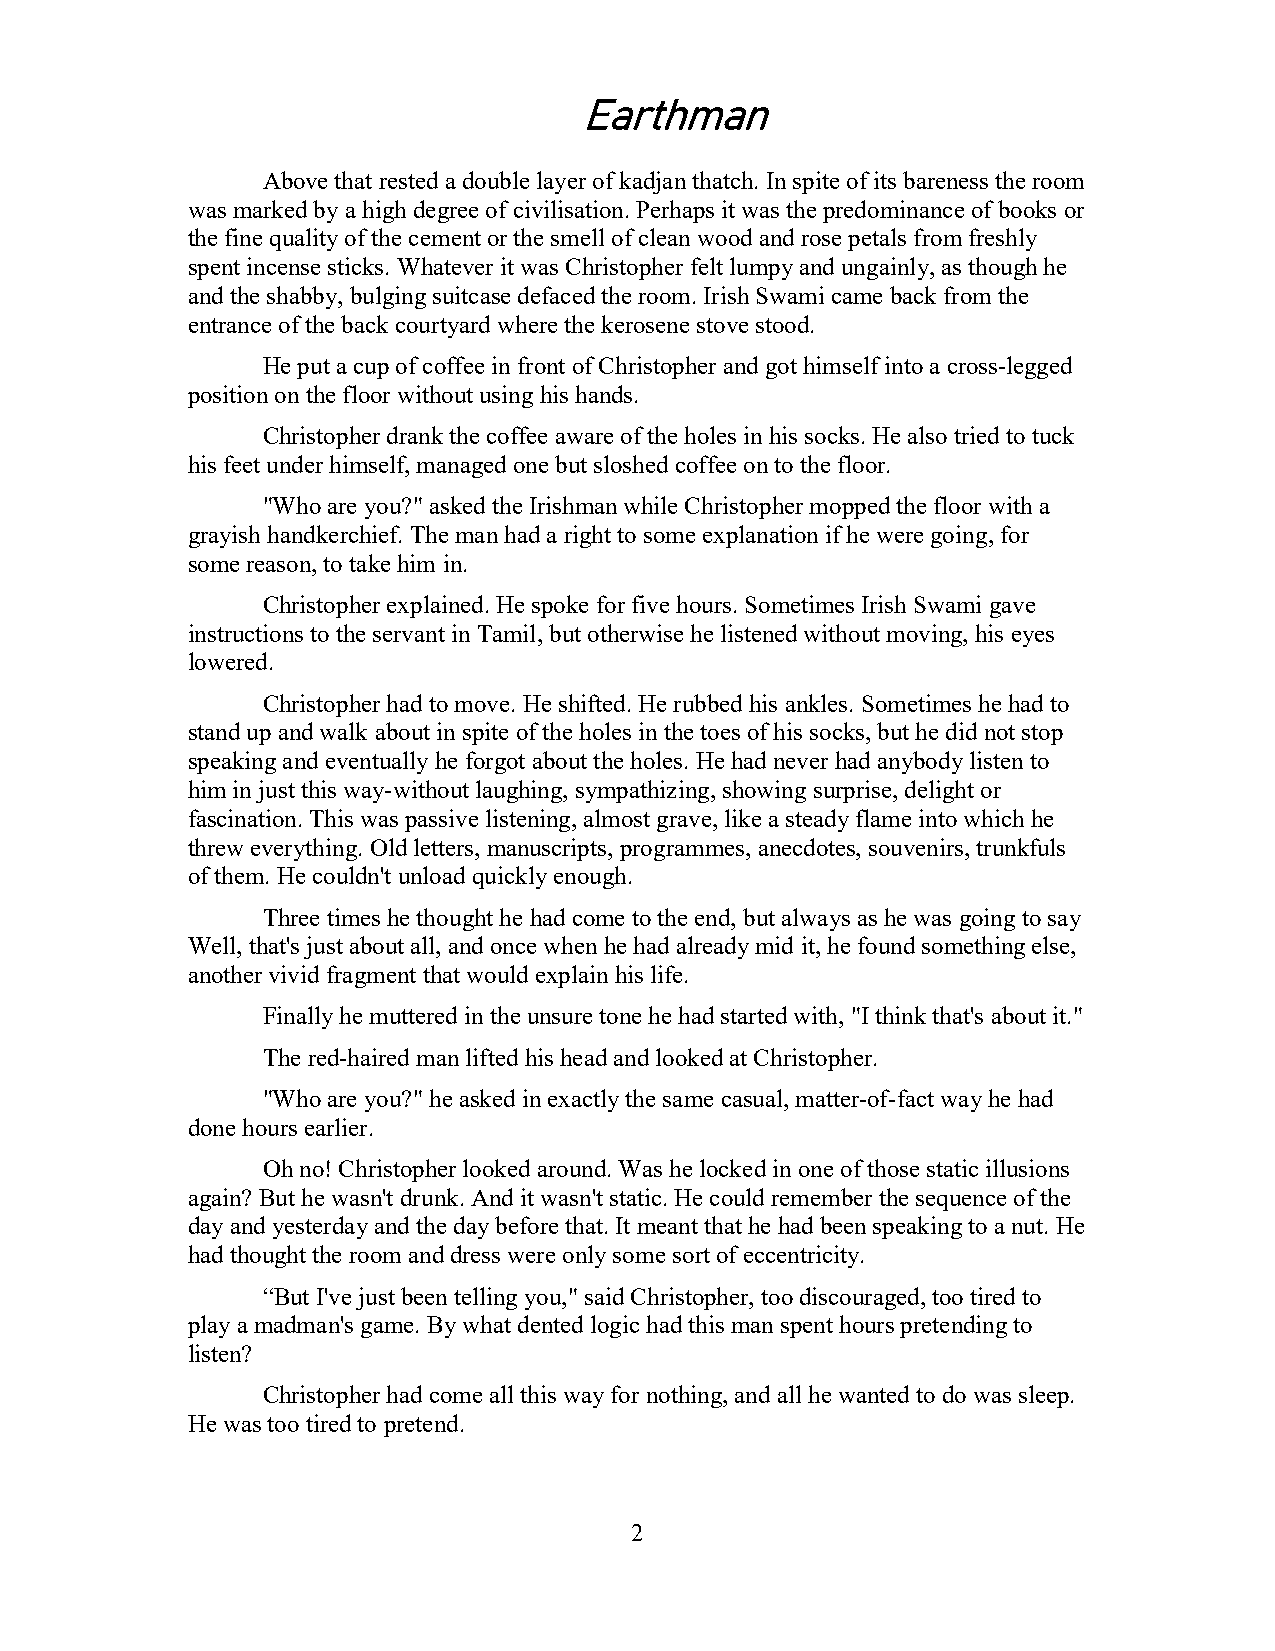
Earthman
 Above that rested a double layer of kadjan thatch. In spite of its bareness the room
 was marked by a high degree of civilisation. Perhaps it was the predominance of books or
 the fine quality of the cement or the smell of clean wood and rose petals from freshly
 spent incense sticks. Whatever it was Christopher felt lumpy and ungainly, as though he
 and the shabby, bulging suitcase defaced the room. Irish Swami came back from the
 entrance of the back courtyard where the kerosene stove stood.
 He put a cup of coffee in front of Christopher and got himself into a cross-legged
 position on the floor without using his hands.
 Christopher drank the coffee aware of the holes in his socks. He also tried to tuck
 his feet under himself, managed one but sloshed coffee on to the floor.
 "Who are you?" asked the Irishman while Christopher mopped the floor with a
 grayish handkerchief. The man had a right to some explanation if he were going, for
 some reason, to take him in.
 Christopher explained. He spoke for five hours. Sometimes Irish Swami gave
 instructions to the servant in Tamil, but otherwise he listened without moving, his eyes
 lowered.
 Christopher had to move. He shifted. He rubbed his ankles. Sometimes he had to
 stand up and walk about in spite of the holes in the toes of his socks, but he did not stop
 speaking and eventually he forgot about the holes. He had never had anybody listen to
 him in just this way-without laughing, sympathizing, showing surprise, delight or
 fascination. This was passive listening, almost grave, like a steady flame into which he
 threw everything. Old letters, manuscripts, programmes, anecdotes, souvenirs, trunkfuls
 of them. He couldn't unload quickly enough.
 Three times he thought he had come to the end, but always as he was going to say
 Well, that's just about all, and once when he had already mid it, he found something else,
 another vivid fragment that would explain his life.
 Finally he muttered in the unsure tone he had started with, "I think that's about it."
 The red-haired man lifted his head and looked at Christopher.
 "Who are you?" he asked in exactly the same casual, matter-of-fact way he had
 done hours earlier.
 Oh no! Christopher looked around. Was he locked in one of those static illusions
 again? But he wasn't drunk. And it wasn't static. He could remember the sequence of the
 day and yesterday and the day before that. It meant that he had been speaking to a nut. He
 had thought the room and dress were only some sort of eccentricity.
 “But I've just been telling you," said Christopher, too discouraged, too tired to
 play a madman's game. By what dented logic had this man spent hours pretending to
 listen?
 Christopher had come all this way for nothing, and all he wanted to do was sleep.
 He was too tired to pretend.
 2